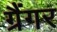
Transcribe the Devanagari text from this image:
ग्रैंगर